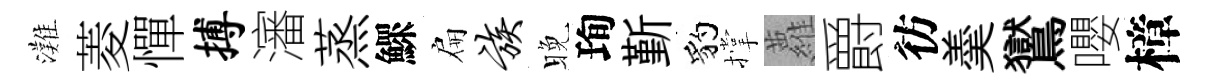
灘菱憚搏瀋蒸鰥扁族晚珣斳豹撑蘿爵彷羮鸑嚶樟